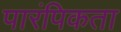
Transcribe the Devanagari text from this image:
पारंपिकता